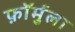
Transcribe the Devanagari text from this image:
फ़ॉर्मुला